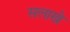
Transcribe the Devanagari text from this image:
सलाखे